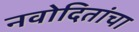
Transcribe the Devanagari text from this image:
नवोदितांचा